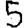
Digit: 5